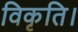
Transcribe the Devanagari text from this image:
विकृति।